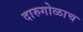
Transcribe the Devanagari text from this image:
दारुगोळाच